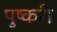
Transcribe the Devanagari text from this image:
पुष्करी